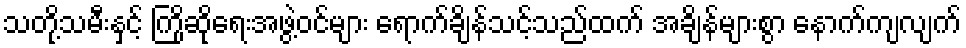
သတို့သမီးနှင့် ကြိုဆိုရေးအဖွဲ့ဝင်များ ရောက်ချိန်သင့်သည်ထက် အချိန်များစွာ နောက်ကျလျက်